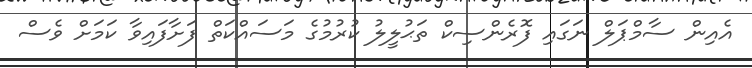
އެއިން ސާމްޕަލް ނަގައި ފޮރެންސިކް ތަޙުލީލު ކުރުމުގެ މަސައްކަތް ފަށާފައިވާ ކަމަށް ވެސް